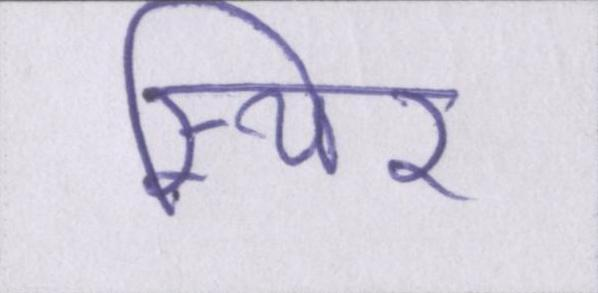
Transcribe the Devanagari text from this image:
स्थिर